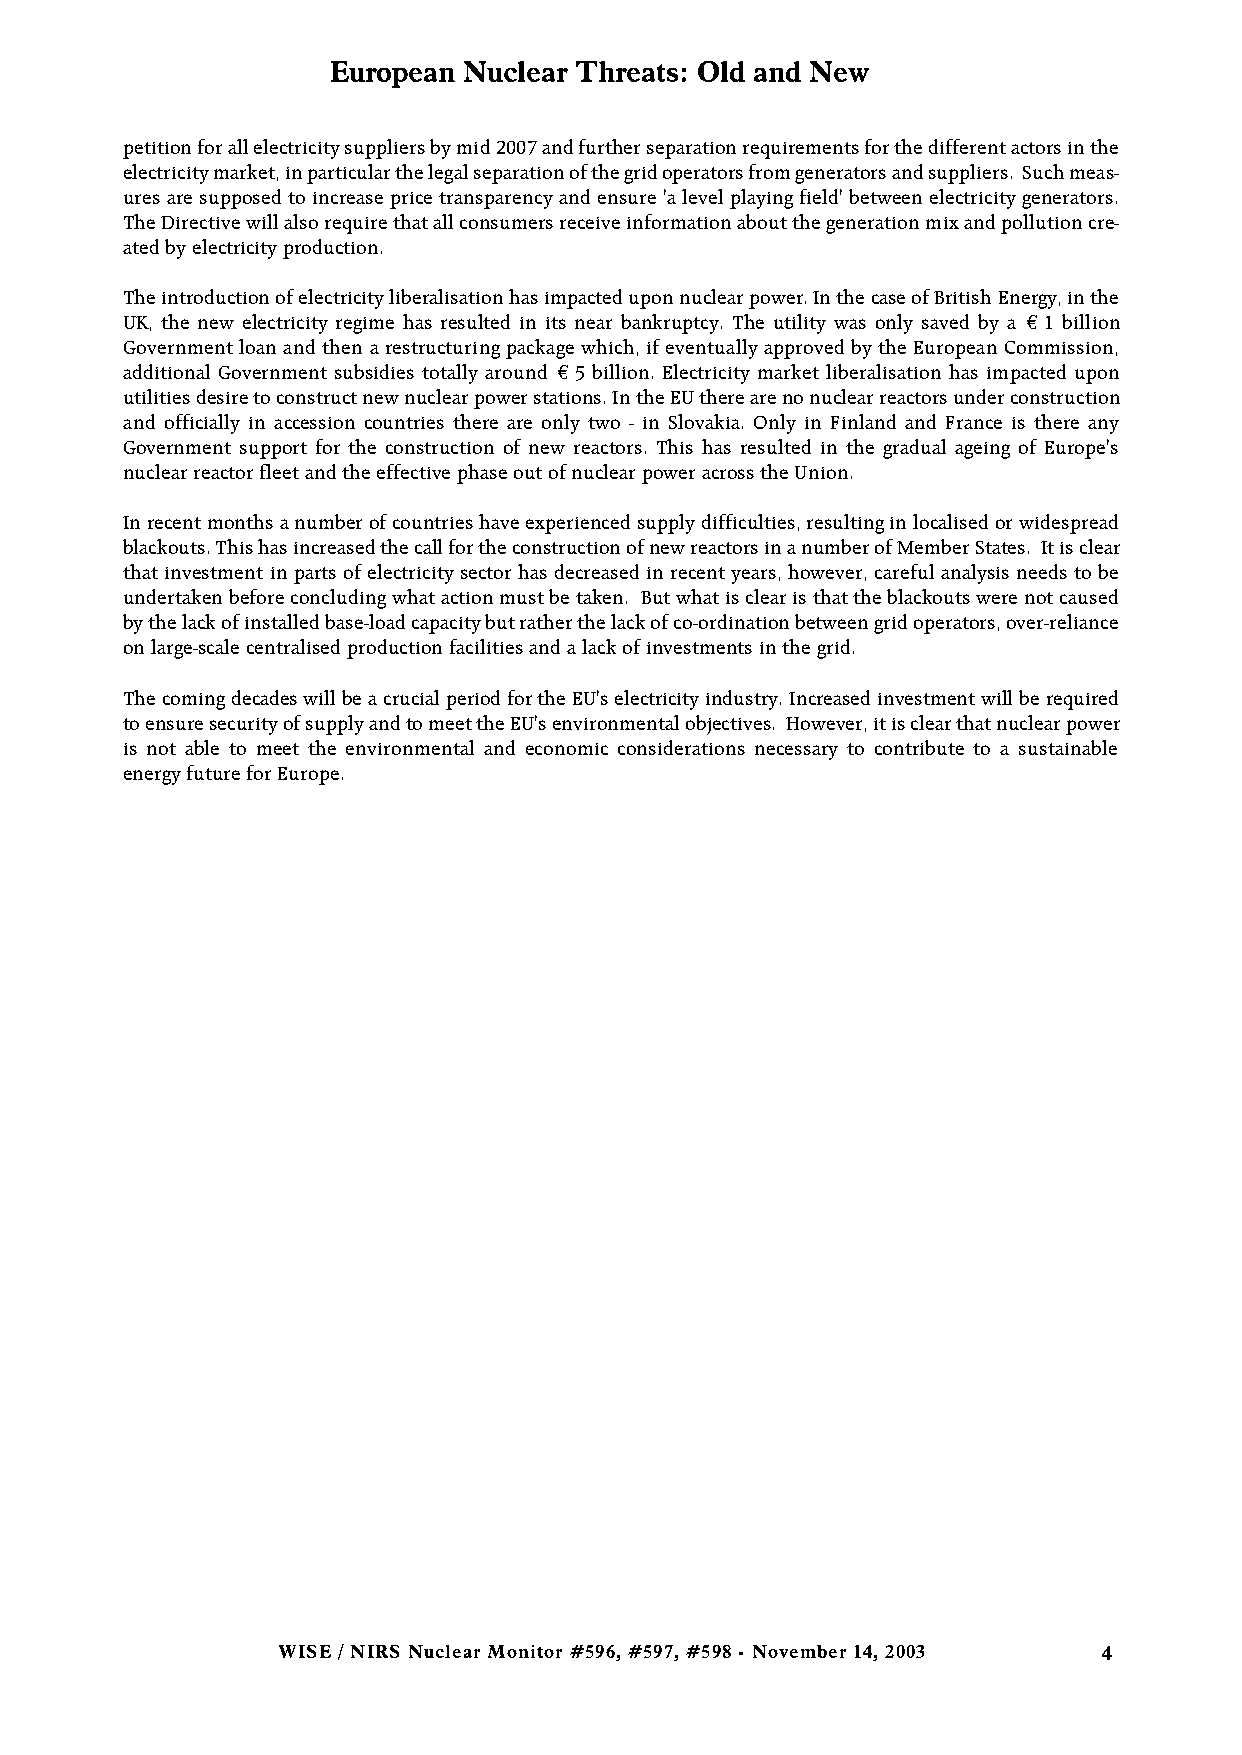
European Nuclear Threats: Old and New
 petition for all electricity suppliers by mid 2007 and further separation requirements for the different actors in the
 electricity market, in particular the legal separation of the grid operators from generators and suppliers. Such meas-
 ures are supposed to increase price transparency and ensure 'a level playing field' between electricity generators.
 The Directive will also require that all consumers receive information about the generation mix and pollution cre-
 ated by electricity production.
 The introduction of electricity liberalisation has impacted upon nuclear power. In the case of British Energy, in the
 UK, the new electricity regime has resulted in its near bankruptcy. The utility was only saved by a € 1 billion
 Government loan and then a restructuring package which, if eventually approved by the European Commission,
 additional Government subsidies totally around € 5 billion. Electricity market liberalisation has impacted upon
 utilities desire to construct new nuclear power stations. In the EU there are no nuclear reactors under construction
 and officially in accession countries there are only two - in Slovakia. Only in Finland and France is there any
 Government support for the construction of new reactors. This has resulted in the gradual ageing of Europe's
 nuclear reactor fleet and the effective phase out of nuclear power across the Union.
 In recent months a number of countries have experienced supply difficulties, resulting in localised or widespread
 blackouts. This has increased the call for the construction of new reactors in a number of Member States. It is clear
 that investment in parts of electricity sector has decreased in recent years, however, careful analysis needs to be
 undertaken before concluding what action must be taken. But what is clear is that the blackouts were not caused
 by the lack of installed base-load capacity but rather the lack of co-ordination between grid operators, over-reliance
 on large-scale centralised production facilities and a lack of investments in the grid.
 The coming decades will be a crucial period for the EU's electricity industry. Increased investment will be required
 to ensure security of supply and to meet the EU's environmental objectives. However, it is clear that nuclear power
 is not able to meet the environmental and economic considerations necessary to contribute to a sustainable
 energy future for Europe.
 WISE / NIRS Nuclear Monitor #596, #597, #598 - November 14, 2003 4